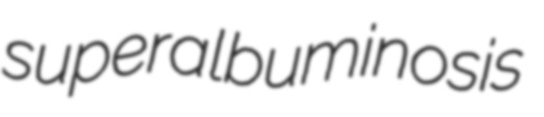
superalbuminosis